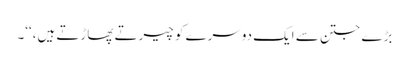
بڑے جتن سے ایک دوسرے کو چیرتے پھاڑتے ہیں،‘‘۔